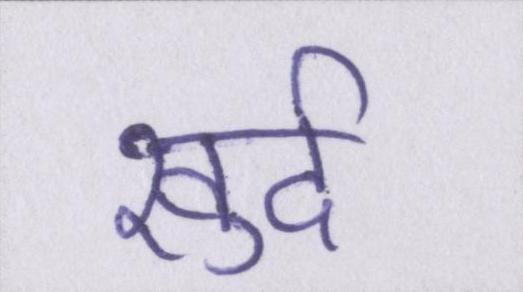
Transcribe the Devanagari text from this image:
खुर्द